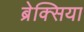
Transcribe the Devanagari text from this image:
ब्रेक्सिया